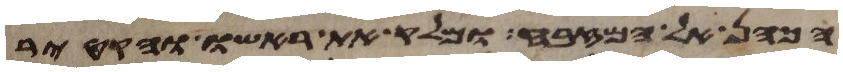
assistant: הכהן אל המזבח ומלק את ראשו והקטיר